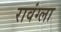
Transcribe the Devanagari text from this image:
रावंग्ला